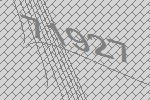
71927